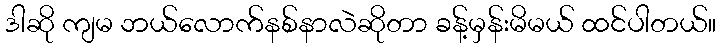
ဒါဆို ကျမ ဘယ်လောက်နစ်နာလဲဆိုတာ ခန့်မှန်းမိမယ် ထင်ပါတယ်။